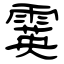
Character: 霙